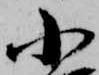
小